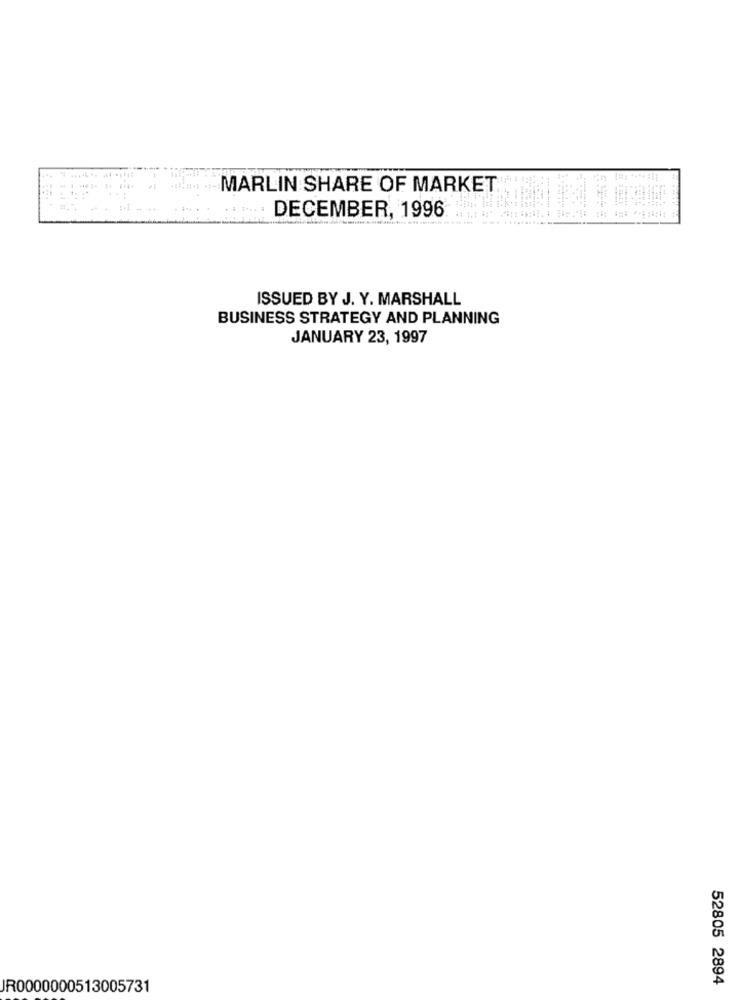
4 1464
MARLIN SHARE OF MARKET
DECEMBER, 1996.
-
ISSUED BY J. Y. MARSHALL
BUSINESS STRATEGY AND PLANNING
JANUARY 23, 1997
52805 2894
JR0000000513005731